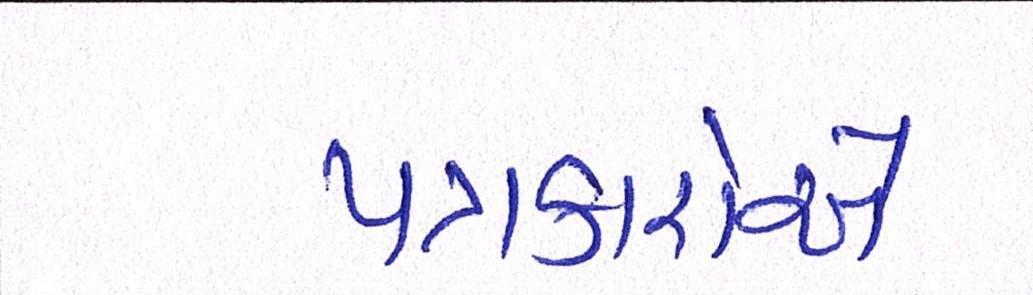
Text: પત્રકારોએ